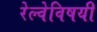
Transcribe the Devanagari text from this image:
रेल्वेविषयी